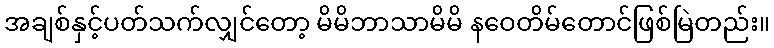
အချစ်နှင့်ပတ်သက်လျှင်တော့ မိမိဘာသာမိမိ နဝေတိမ်တောင်ဖြစ်မြဲတည်း။